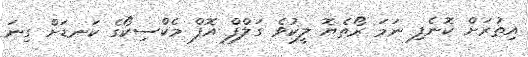
އިތުރަށް ކޮނެފި ނަމަ ރޯތެޔޮ ލީކުވެ ގަލްފް އޮފް މެކްސިކޯގެ ކަނޑަށް ގިނަ